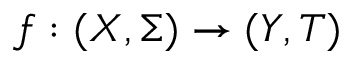
f : ( X , \Sigma ) \to ( Y , T )